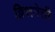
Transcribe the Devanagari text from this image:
द्विशतेसी